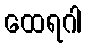
ထေရဂါ